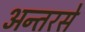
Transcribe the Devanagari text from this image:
अन्तरसे